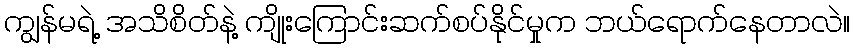
ကျွန်မရဲ့ အသိစိတ်နဲ့ ကျိုးကြောင်းဆက်စပ်နိုင်မှုက ဘယ်ရောက်နေတာလဲ။